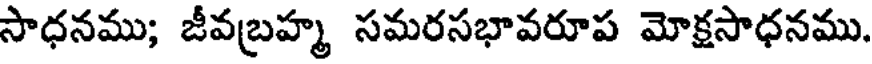
సాధనము; జీవబ్రహ్మ సమరసభావరూప మోక్షసాధనము.